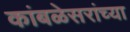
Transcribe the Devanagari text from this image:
कांबळेसरांच्या